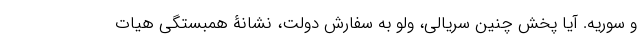
و سوریه. آیا پخش چنین سریالی، ولو به سفارش دولت، نشانۀ همبستگی هیات